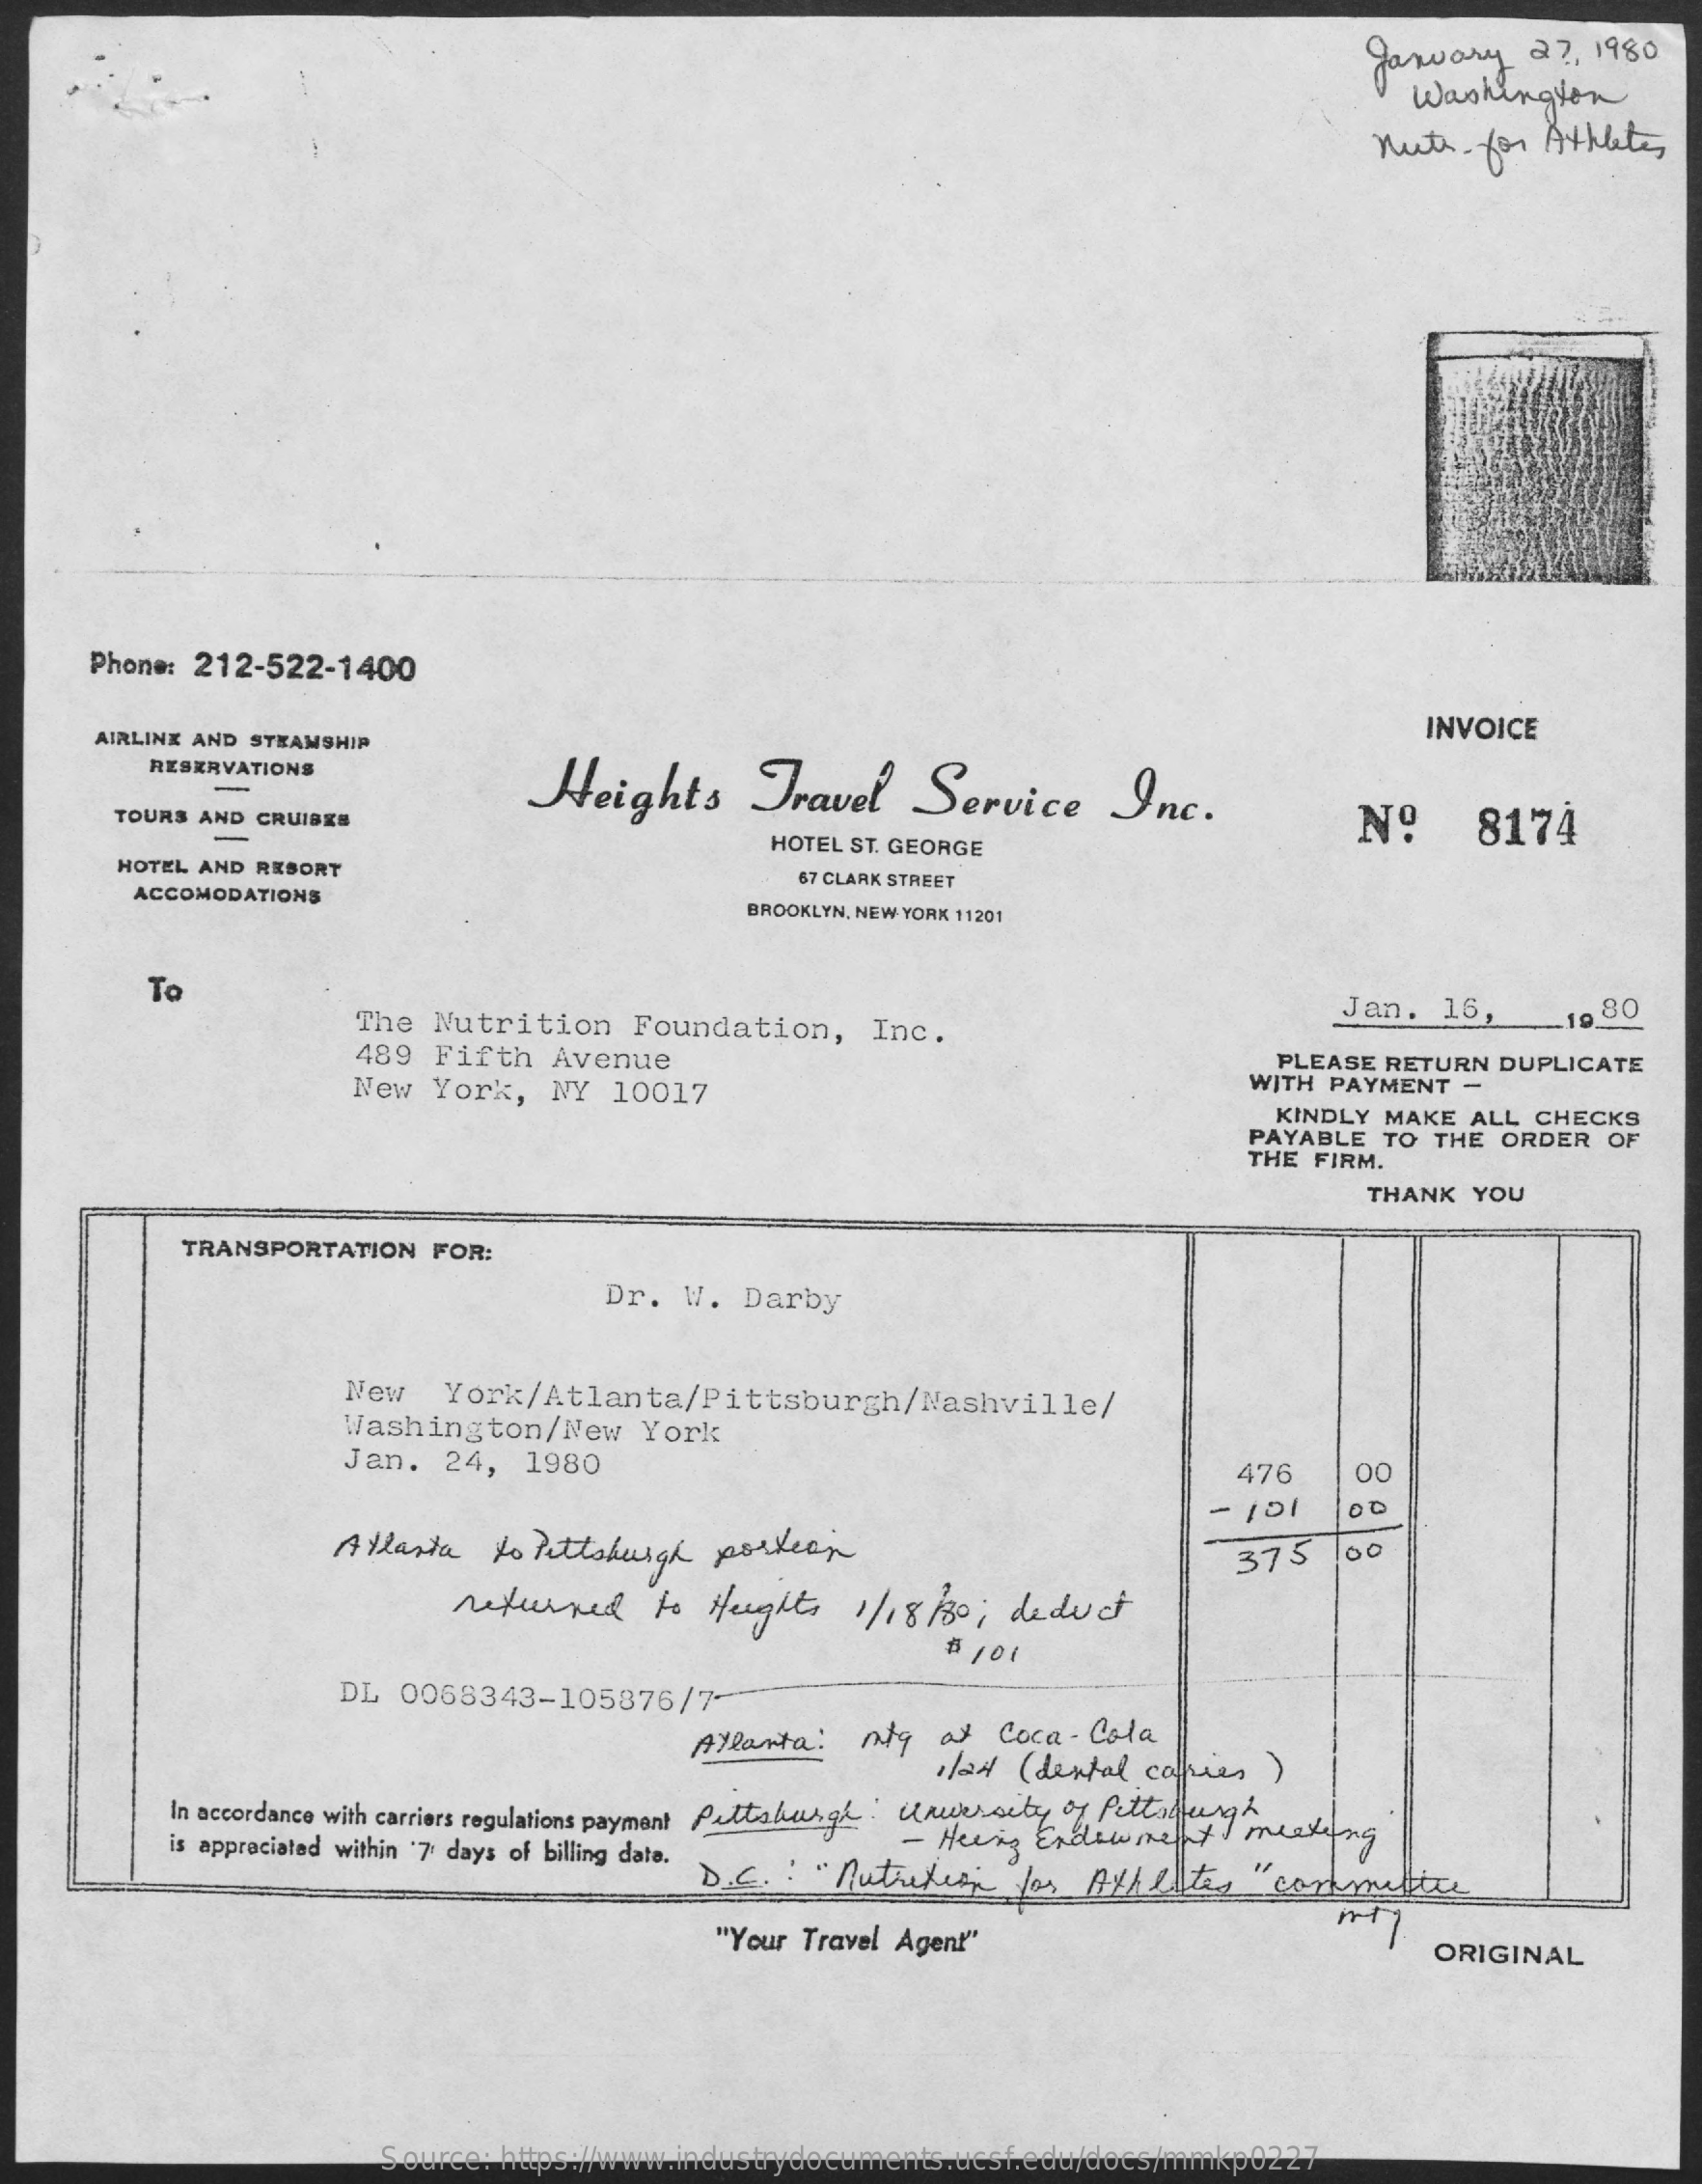
January    27, 1980
     Washington
     nute.  for Athletes
     Phone: 212-522-1400
     INVOICE AIRLINE AND STEAMSHIP
     RESERVATIONS
     Heights    Travel    Service    Inc.
     TOURS AND CRUISES    Nº    8174 HOTEL ST. GEORGE
     HOTEL AND RESORT    67 CLARK STREET
     ACCOMODATIONS
     BROOKLYN, NEW YORK 11201
     To
     The  Nutrition    Foundation,    Inc.
     Jan.   16,    19 80
     489  Fifth   Avenue    PLEASE RETURN  DUPLICATE
     New   York,   NY  10017    WITH PAYMENT   -
     KINDLY MAKE  ALL  CHECKS
     PAYABLE  TO  THE ORDER   OF
     THE FIRM.
     THANK  YOU
     TRANSPORTATION   FOR:
     Dr.  W.  Darby
     New    York/Atlanta/Pittsburgh/Nashville/
     Washington/New    York
     Jan.   24,  1980    476    00
     - 151
     Allasta   to  Pittsburgh  portion    375
     returned    to Heights    1/18/30 ; deduct
     $ 101
     DL 0068343-105876/7-
     Atlanta:   mtg   at Coca-  Cola
     slad  ( dental caffries )
     In accordance with carriers regulations payment Pittsburgh : University of Pittsburgh
     is appreciated within 7 days of billing data.    - Heing  Endowment    I meeting
     D.C.  : " Nutrition   for  AtA later  "committee
     "Your Travel Agent"    ORIGINAL
     Source: https://www.industrydocuments.ucsf.edu/docs/mmkp0227